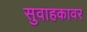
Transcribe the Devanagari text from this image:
सुवाहकावर